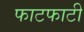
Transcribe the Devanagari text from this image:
फाटफाटी